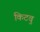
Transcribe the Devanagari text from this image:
किटवु